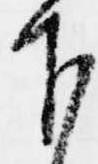
下